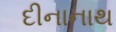
દીનાનાથ